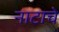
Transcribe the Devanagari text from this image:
नाटाचे